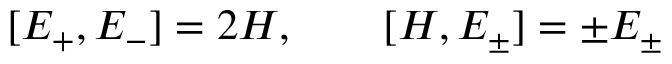
[ E _ { + } , E _ { - } ] = 2 H , \quad \quad [ H , E _ { \pm } ] = \pm E _ { \pm }